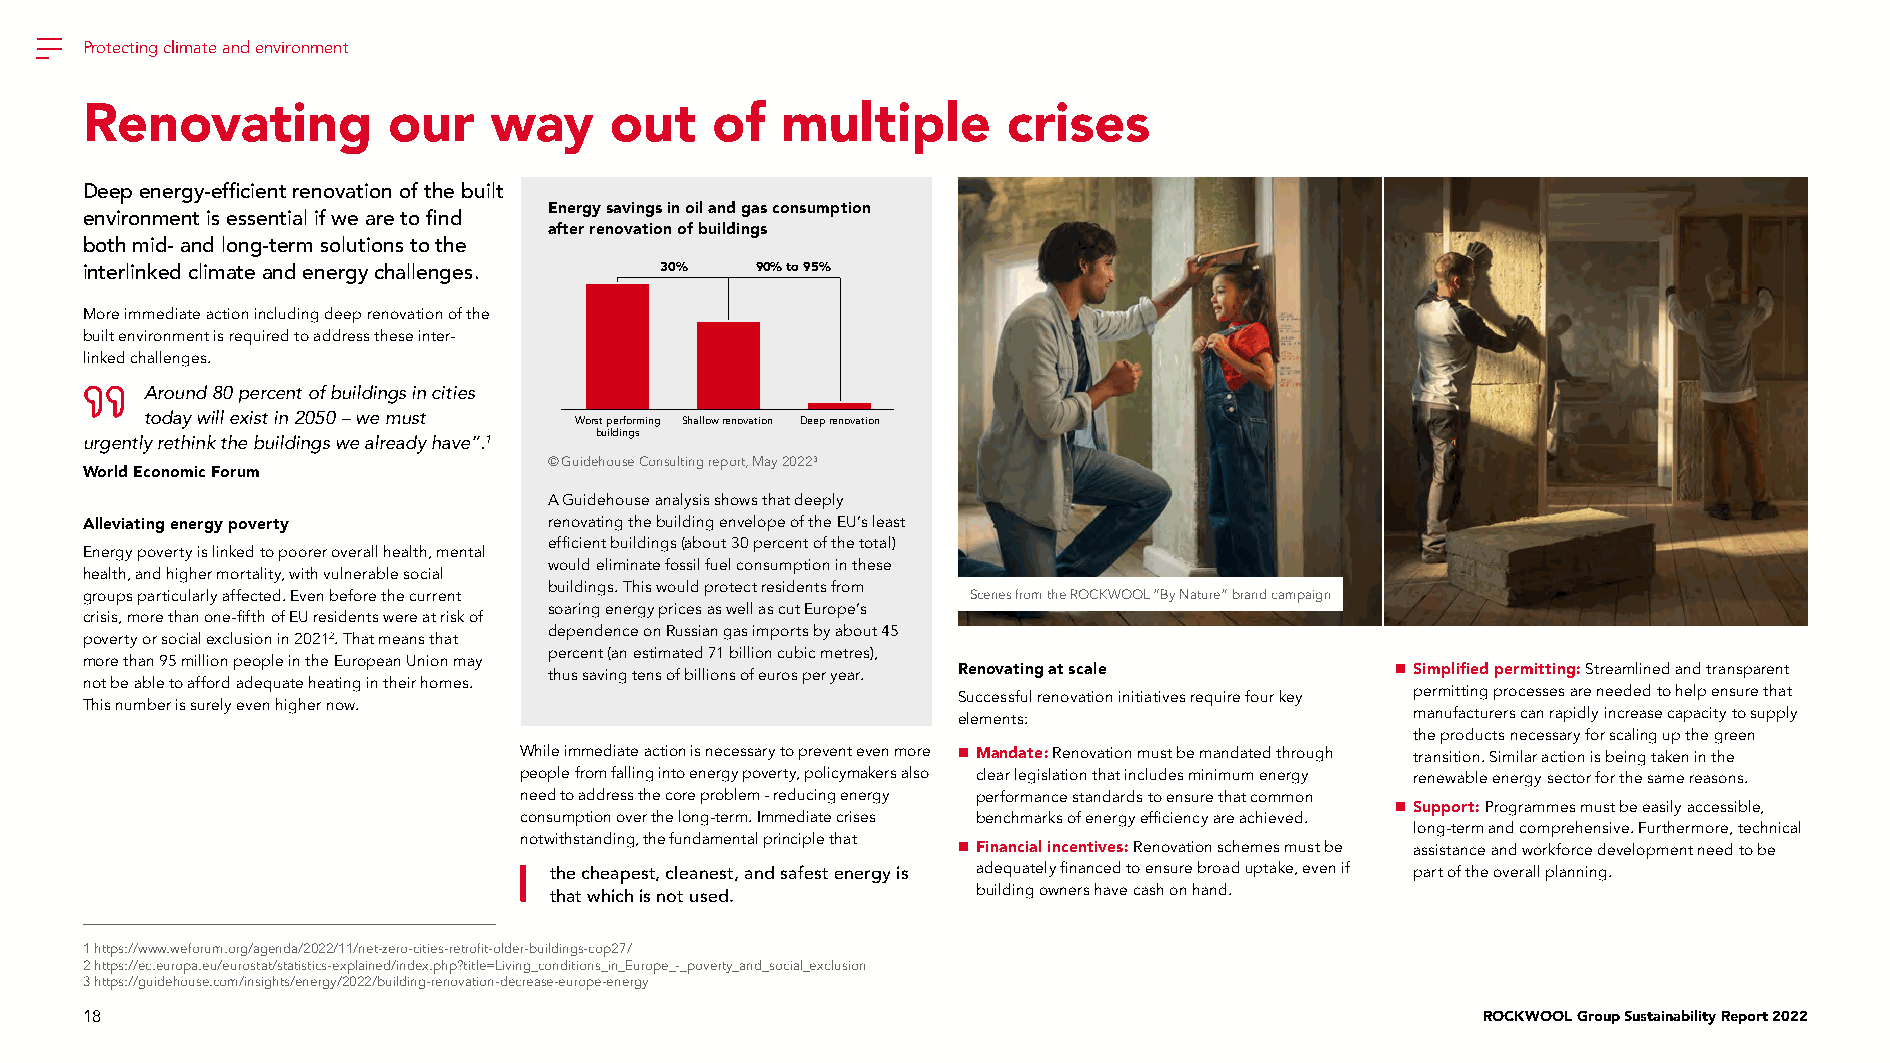
Protecting climate and environment
 Renovating           our   way     out    of   multiple       crises
 Deep energy-efficient renovation of the built
 Energy savings in oil and gas consumption
 environment is essential if we are to find
 after renovation of buildings
 both mid- and long-term solutions to the
 interlinked climate and energy challenges. 30% 90% to 95%
 More immediate action including deep renovation of the
 built environment is required to address these inter-
 linked challenges.
 Around 80 percent of buildings in cities
 today will exist in 2050 – we must Worst performing Shallow renovation Deep renovation
 buildings
 urgently rethink the buildings we already have”.1
 © Guidehouse Consulting report, May 20223
 World Economic Forum
 A Guidehouse analysis shows that deeply
 Alleviating energy poverty     renovating the building envelope of the EU’s least
 efficient buildings (about 30 percent of the total)
 Energy poverty is linked to poorer overall health, mental
 would eliminate fossil fuel consumption in these
 health, and higher mortality, with vulnerable social
 buildings. This would protect residents from
 groups particularly affected. Even before the current      Scenes from the ROCKWOOL “By Nature” brand campaign
 soaring energy prices as well as cut Europe’s
 crisis, more than one-fifth of EU residents were at risk of
 dependence on Russian gas imports by about 45
 poverty or social exclusion in 20212. That means that
 percent (an estimated 71 billion cubic metres),
 more than 95 million people in the European Union may
 thus saving tens of billions of euros per year. Renovating at scale  Simplified permitting: Streamlined and transparent
 not be able to afford adequate heating in their homes.
 Successful renovation initiatives require four key permitting processes are needed to help ensure that
 This number is surely even higher now.
 elements:                      manufacturers can rapidly increase capacity to supply
 the products necessary for scaling up the green
 While immediate action is necessary to prevent even more  Mandate: Renovation must be mandated through transition. Similar action is being taken in the
 people from falling into energy poverty, policymakers also clear legislation that includes minimum energy renewable energy sector for the same reasons.
 need to address the core problem - reducing energy performance standards to ensure that common
  Support: Programmes must be easily accessible,
 consumption over the long-term. Immediate crises benchmarks of energy efficiency are achieved.
 long-term and comprehensive. Furthermore, technical
 notwithstanding, the fundamental principle that
  Financial incentives: Renovation schemes must be assistance and workforce development need to be
 the cheapest, cleanest, and safest energy is adequately financed to ensure broad uptake, even if part of the overall planning.
 that which is not used.      building owners have cash on hand.
 1 https://www.weforum.org/agenda/2022/11/net-zero-cities-retrofit-older-buildings-cop27/
 2 https://ec.europa.eu/eurostat/statistics-explained/index.php?title=Living_conditions_in_Europe_-_poverty_and_social_exclusion
 3 https://guidehouse.com/insights/energy/2022/building-renovation-decrease-europe-energy
 18                                                                                           ROCKWOOL Group Sustainability Report 2022